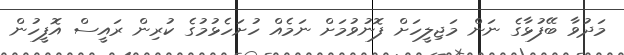
މަދުވާ ބޭފުޅާގެ ނަން މަޖިލީހަށް ފޮނުވުމަށް ނަމެއް ހުށަހެޅުމުގެ ކުރިން ރައީސް އޮފީހުން